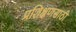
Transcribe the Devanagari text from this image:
प्रशिक्षणसाठी